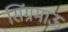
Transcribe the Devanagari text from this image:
सिंग्रमाऊ